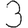
Digit: 3